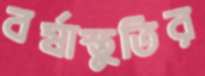
বর্ষাস্তুতির